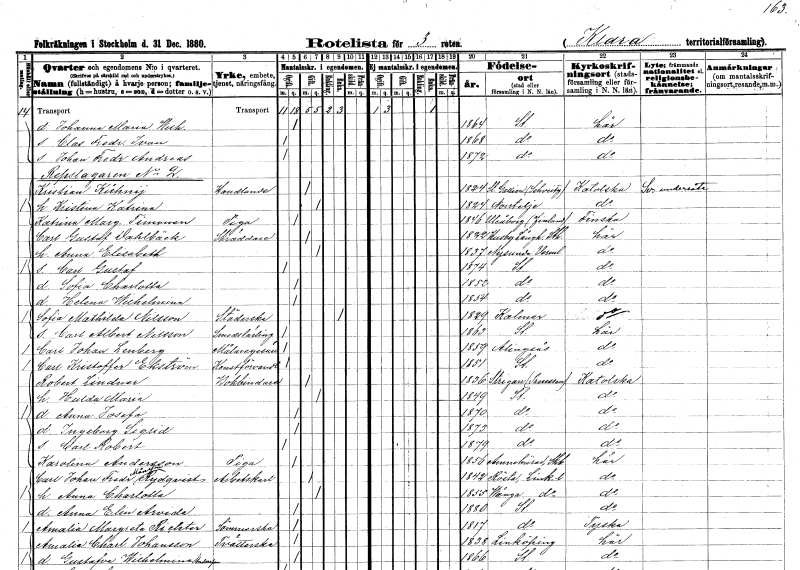
gt_parse: households: individuals: FN: Johanna Maria Wilhelmina
KON: K
CIV: O
FODAR: 1864
FODFORS: Stockholm
FN: Clas Fredrik Ivan
KON: M
CIV: O
FODAR: 1868
FODFORS: Stockholm
FN: Johan Fredrik Andreas
KON: M
CIV: O
FODAR: 1872
FODFORS: Stockholm
FN: Kristian
EN: Kühnij
YRKE: Handlande
KON: M
CIV: G
FODAR: 1824
FN: Kristina Katrina
KON: K
CIV: G
FODAR: 1824
FODFORS: Norrtälje Stockholms län
FN: Katrina Margreta
EN: Timonen
YRKE: Piga
KON: K
CIV: O
FODAR: 1846
FN: Carl Gustaf
EN: Dahlbäck
YRKE: Skräddare
KON: M
CIV: G
FODAR: 1822
FODFORS: Husby-Långhundra Uppsala län
FN: Anna Elisabeth
KON: K
CIV: G
FODAR: 1837
FODFORS: Nysund Örebro län
FN: Carl Gustaf
KON: M
CIV: O
FODAR: 1874
FODFORS: Stockholm
FN: Sofia Charlotta
KON: K
CIV: O
FODAR: 1852
FODFORS: Stockholm
FN: Helena Wilhelmina
KON: K
CIV: O
FODAR: 1854
FODFORS: Stockholm
FN: Sofia Mathilda
EN: Nilsson
YRKE: Städerska
KON: K
CIV: E
FODAR: 1829
FODFORS: Kalmar Kalmar län
FN: Carl Albert
EN: Nilsson
YRKE: Smedslärling
KON: M
CIV: O
FODAR: 1863
FODFORS: Stockholm
FN: Carl Johan
EN: Lenberg
YRKE: Målaregesäll
KON: M
CIV: O
FODAR: 1859
FODFORS: Alingsås Älvsborgs län
FN: Carl Kristoffer
EN: Ekström
YRKE: Konstförvandt
KON: M
CIV: O
FODAR: 1851
FODFORS: Stockholm
FN: Robert
EN: Linduer
YRKE: Bokbindare
KON: M
CIV: G
FODAR: 1836
FN: Hulda Maria
KON: K
CIV: G
FODAR: 1849
FODFORS: Stockholm
FN: Anna Josefa
KON: K
CIV: O
FODAR: 1870
FODFORS: Stockholm
FN: Ingeborg Sigrid
KON: K
CIV: O
FODAR: 1873
FODFORS: Stockholm
FN: Carl Robert
KON: M
CIV: O
FODAR: 1879
FODFORS: Stockholm
FN: Karolina
EN: Andersson
YRKE: Piga
KON: K
CIV: O
FODAR: 1856
FODFORS: Amnehärad Skaraborgs län
FN: Carl Johan Fredrik
EN: Månsson Rydqvist
YRKE: Arbetskarl
KON: M
CIV: G
FODAR: 1842
FODFORS: Rystad Östergötlands län
FN: Anna Charlotta
KON: K
CIV: G
FODAR: 1855
FODFORS: Vånga Östergötlands län
FN: Anna Elin Arvida
KON: K
CIV: O
FODAR: 1880
FODFORS: Stockholm
FN: Amalia Margreta
EN: Richter
YRKE: Sömmerska
KON: K
CIV: O
FODAR: 1817
FODFORS: Stockholm
FN: Amalia Charlotta
EN: Johansson
YRKE: Tvätterska
KON: K
CIV: O
FODAR: 1838
FODFORS: Linköping Östergötlands län
FN: Gustafva Wilhelmina
EN: Andersson
KON: K
CIV: O
FODAR: 1866
FODFORS: Stockholm